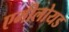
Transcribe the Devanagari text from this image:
एमीलोयड